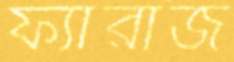
ফ্যারাজ